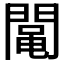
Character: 𨵜